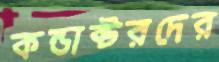
কন্ডাক্টরদের